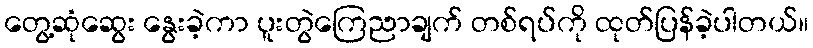
တွေ့ဆုံဆွေး နွေးခဲ့ကာ ပူးတွဲကြေညာချက် တစ်ရပ်ကို ထုတ်ပြန်ခဲ့ပါတယ်။